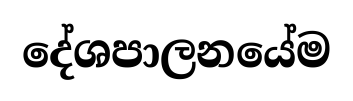
දේශපාලනයේම